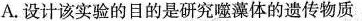
A.设计该实验的目的是研究噬藻体的遗传物质